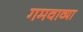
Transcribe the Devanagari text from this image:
गमवाव्या